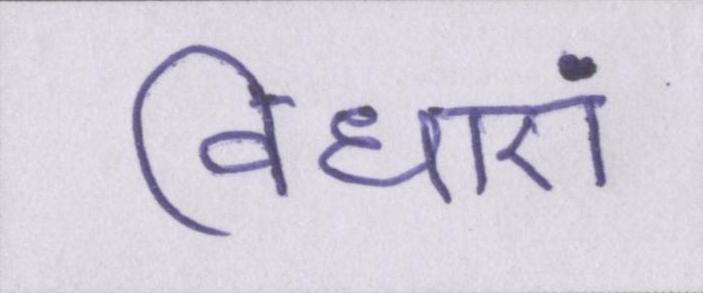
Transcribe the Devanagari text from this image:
विधाएं